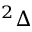
^ { 2 } \Delta